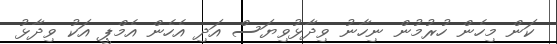
ކަން މިހެން ހުރުމުން ނިހާނު ވިދާޅުވިޔަސް އަދި އެހެން އެމްޕީ އަކު ވިދާޅު